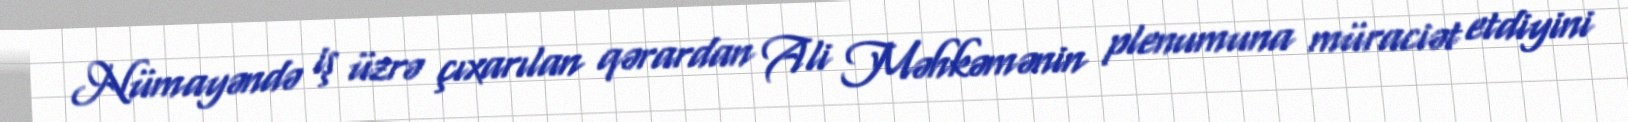
Nümayəndə iş üzrə çıxarılan qərardan Ali Məhkəmənin plenumuna müraciət etdiyini